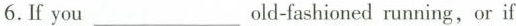
6.If you ___ old-fashioned running,or if